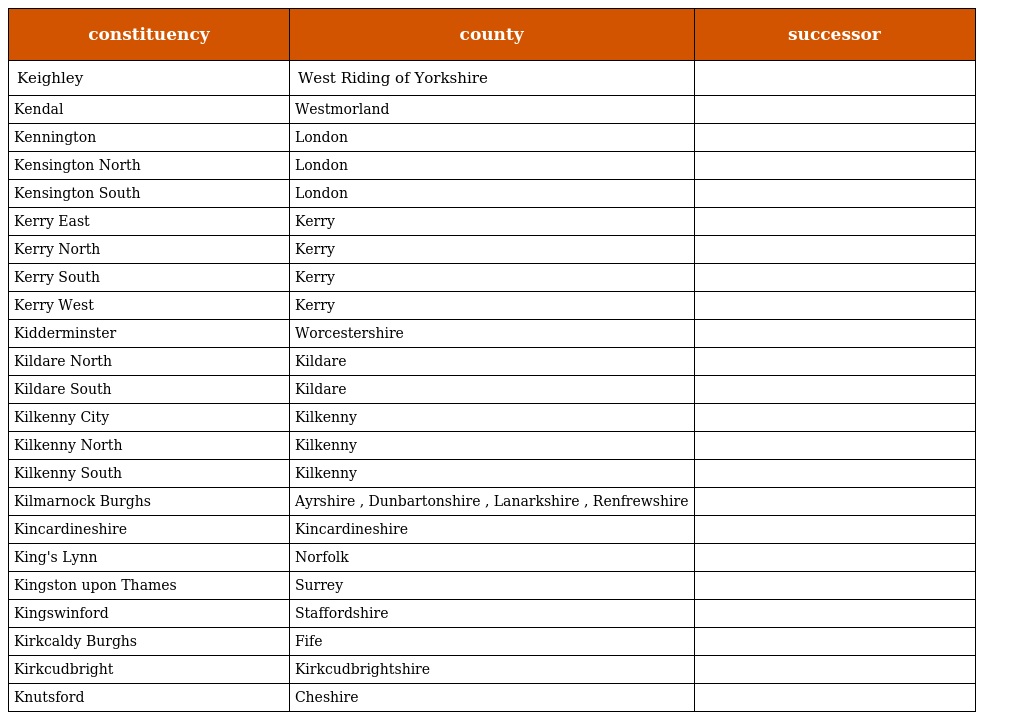
| constituency | county | successor |
 | --- | --- | --- |
 | Keighley | West Riding of Yorkshire |  |
 | Kendal | Westmorland |  |
 | Kennington | London |  |
 | Kensington North | London |  |
 | Kensington South | London |  |
 | Kerry East | Kerry |  |
 | Kerry North | Kerry |  |
 | Kerry South | Kerry |  |
 | Kerry West | Kerry |  |
 | Kidderminster | Worcestershire |  |
 | Kildare North | Kildare |  |
 | Kildare South | Kildare |  |
 | Kilkenny City | Kilkenny |  |
 | Kilkenny North | Kilkenny |  |
 | Kilkenny South | Kilkenny |  |
 | Kilmarnock Burghs | Ayrshire , Dunbartonshire , Lanarkshire , Renfrewshire |  |
 | Kincardineshire | Kincardineshire |  |
 | King's Lynn | Norfolk |  |
 | Kingston upon Thames | Surrey |  |
 | Kingswinford | Staffordshire |  |
 | Kirkcaldy Burghs | Fife |  |
 | Kirkcudbright | Kirkcudbrightshire |  |
 | Knutsford | Cheshire |  |